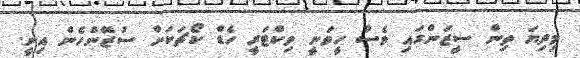
މިދިޔަ ތިން ސީޒަންގައި ވެސް ހީވަނީ ވިކްޓަރީ ހެޑް ކޯޗަކަށް ސުޒޭންހެން އިނީ.